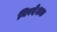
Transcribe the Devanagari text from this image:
निरदेशक